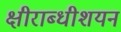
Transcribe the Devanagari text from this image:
क्षीराब्धीशयन